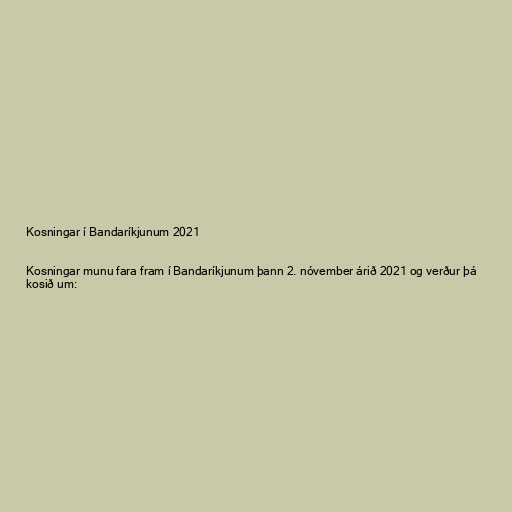
Kosningar í Bandaríkjunum 2021

Kosningar munu fara fram í Bandaríkjunum þann 2. nóvember árið 2021 og verður þá
kosið um: